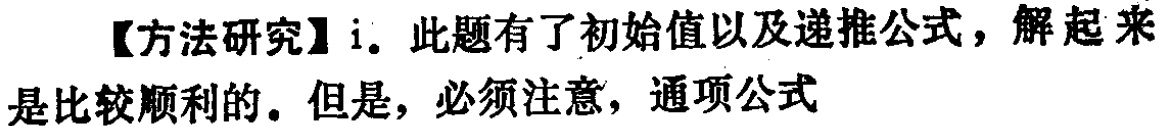
【方法研究】i. 此题有了初始值以及递推公式，解起来是比较顺利的。但是，必须注意，通项公式